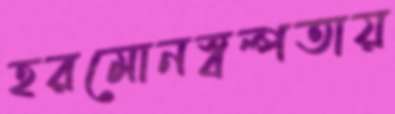
হরমোনস্বল্পতায়